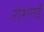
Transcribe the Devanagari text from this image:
रोशनई